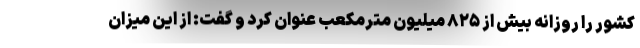
کشور را روزانه بیش از ۸۲۵ میلیون مترمکعب عنوان کرد و گفت: از این میزان